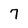
Character: 7